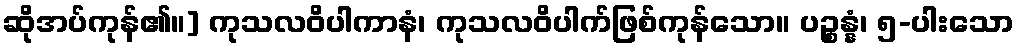
ဆိုအပ်ကုန်၏။] ကုသလဝိပါကာနံ၊ ကုသလဝိပါက်ဖြစ်ကုန်သော။ ပဉ္စန္နံ၊ ၅-ပါးသော